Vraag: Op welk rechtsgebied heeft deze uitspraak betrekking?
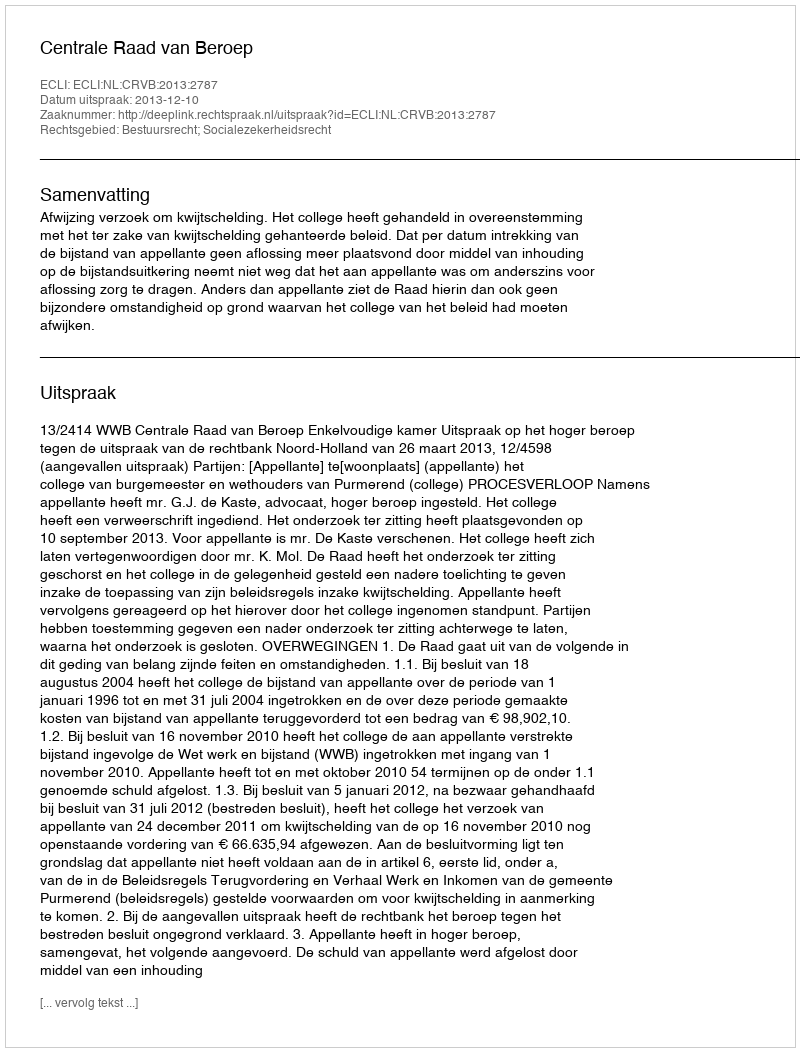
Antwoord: Bestuursrecht; Socialezekerheidsrecht